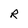
Character: R